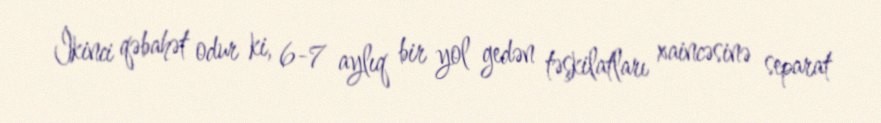
İkinci qəbahət odur ki, 6-7 aylıq bir yol gedən təşkilatları xaincəsinə separat